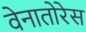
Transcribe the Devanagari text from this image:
वेनातोरेस